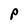
Character: P